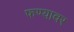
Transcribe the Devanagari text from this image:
फण्यावर